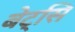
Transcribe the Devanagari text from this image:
बेट्सि